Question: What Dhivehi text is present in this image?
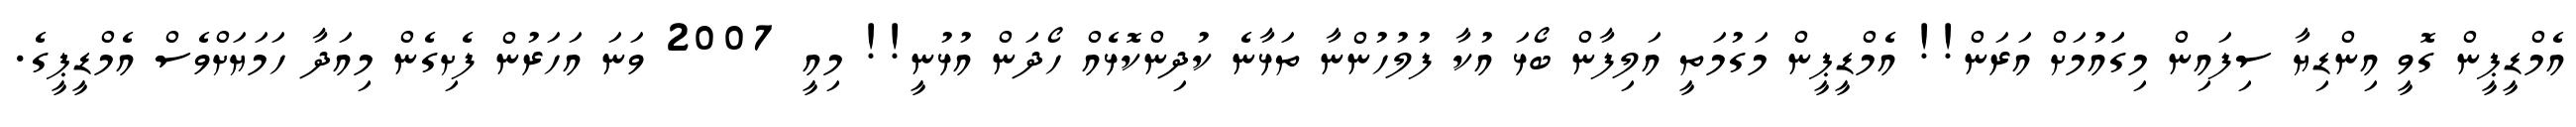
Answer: އެމްޑީޕީން ގޮވީ އިންޑިޔާ ސިފައިން މިގަައުމަށް އަރަން!! އެމްޑީޕީން މަގުމަތީ އަލިފާން ބޯޅަ އުކާ ފުލުހުންނާ ތަޅާނެ ކުދިންކޮޅެއް ހޯދަން އުޅުނީ!! މިއީ 2007 ވަނަ އަހަރުން ފެށިގެން މިއަދާ ހަމަޔަށްވެސް އެމްޑީޕީގެ.